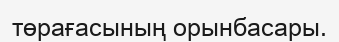
төрағасының орынбасары.